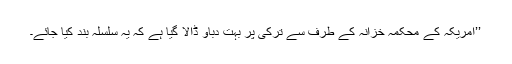
’’امریکہ کے محکمۂ خزانہ کے طرف سے ترکی پر بہت دباؤ ڈالا گیا ہے کہ یہ سلسلہ بند کیا جائے۔